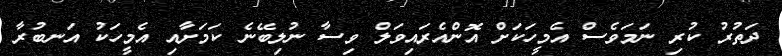
ދަތުރު ކުރި ނަމަވެސް އެމީހަކަށް އޮންއެރައިވަލް ވިސާ ނުލިބޭނެ ކަމަށާއި އެމީހަކު އަނބުރާ